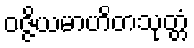
ဝဇ္ဇိယမာဟိတသုတ္တံ